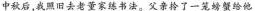
中秋后，我照旧去老董家练书法。父亲拎了一笼螃蟹给他